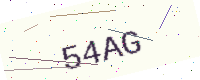
Text: 54AG